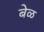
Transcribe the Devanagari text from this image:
बेळ